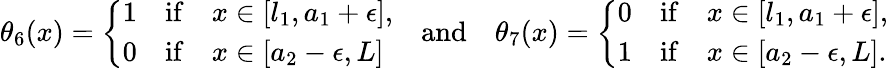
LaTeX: \theta_{6}(x)=\left\{ \begin{array}{lll}{1}&{\mathrm{if}}&{x\in[l_{1},a_{1}+\epsilon],}\\ {0}&{\mathrm{if}}&{x\in[a_{2}-\epsilon,L]}\end{array}\right.\quad\mathrm{and}\quad\theta_{7}(x)=\left\{ \begin{array}{lll}{0}&{\mathrm{if}}&{x\in[l_{1},a_{1}+\epsilon],}\\ {1}&{\mathrm{if}}&{x\in[a_{2}-\epsilon,L].}\end{array}\right.